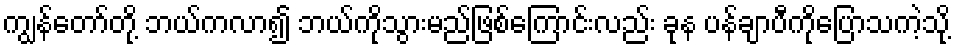
ကျွန်တော်တို့ ဘယ်ကလာ၍ ဘယ်ကိုသွားမည်ဖြစ်ကြောင်းလည်း ခုန ပန်ချာပီကိုပြောသကဲ့သို့